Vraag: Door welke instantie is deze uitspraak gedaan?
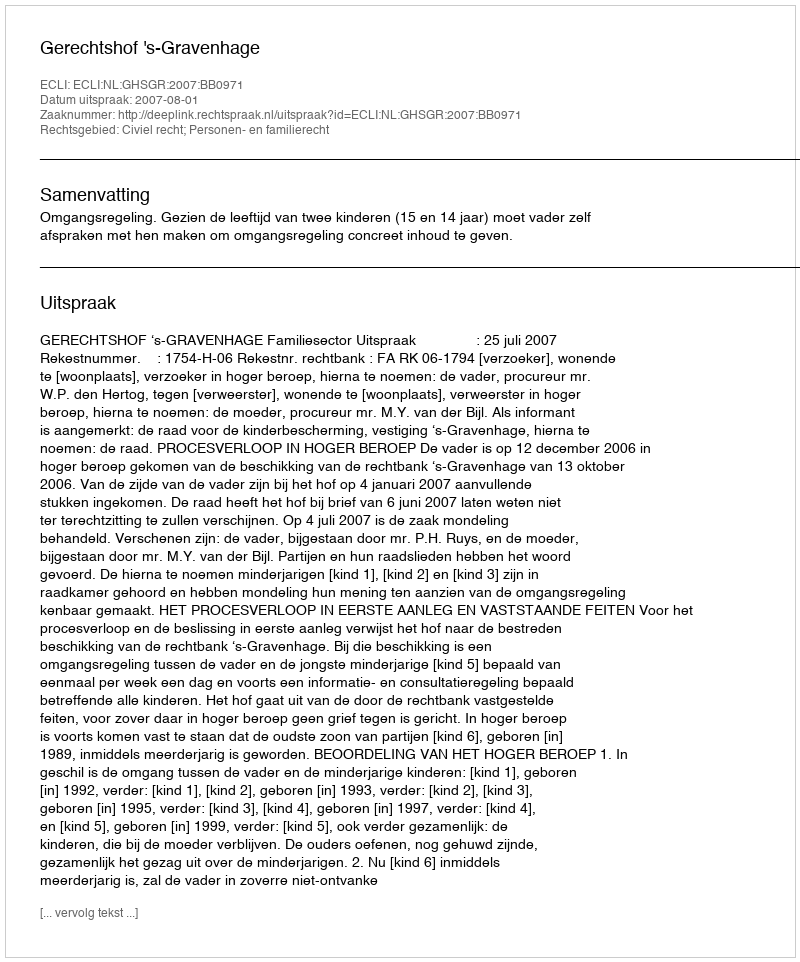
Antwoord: Gerechtshof 's-Gravenhage